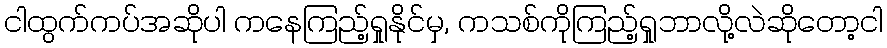
ငါထွက်ကပ်အဆိုပါ ကနေကြည့်ရှုနိုင်မှ, ကသစ်ကိုကြည့်ရှုဘာလို့လဲဆိုတော့ငါ